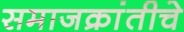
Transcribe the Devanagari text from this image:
समाजक्रांतीचे